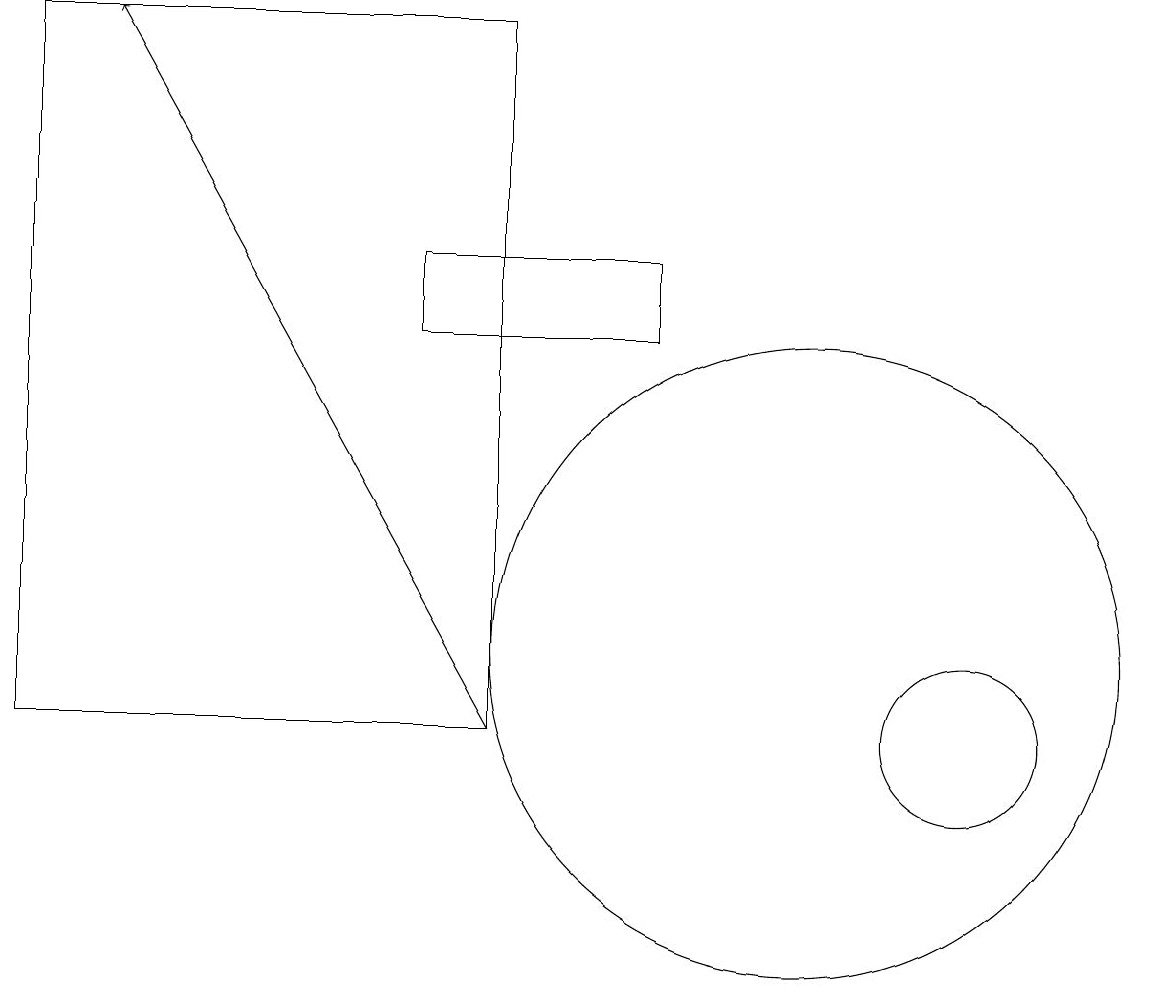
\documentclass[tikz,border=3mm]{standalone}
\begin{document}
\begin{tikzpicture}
\draw (5,16) rectangle (8,15);
\draw (10,11) circle (4);
\draw[->] (6,10) -- (1,19);
\draw (12,10) circle (1);
\draw (6,19) rectangle (0,10);
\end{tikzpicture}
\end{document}